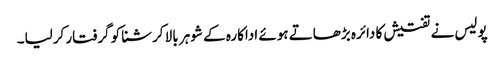
پولیس نے تفتیش کا دائرہ بڑھاتے ہوئے اداکارہ کے شوہر بالا کرشنا کو گرفتار کرلیا۔